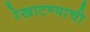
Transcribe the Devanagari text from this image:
रेखाटण्याची